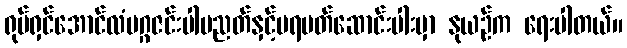
ရုပ်ရှင်အောင်လံမဂ္ဂဇင်းပါပညတ်နှင့်ပရမတ်ဆောင်းပါးမှာ နုယဉ်က ရေးပါတယ်။